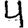
Digit: 4